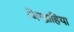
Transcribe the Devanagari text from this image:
जिन्द्राहिया